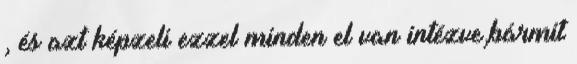
, és azt képzeli ezzel minden el van intézve,bármit